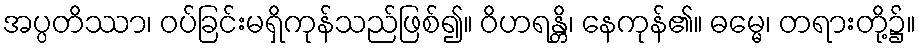
အပ္ပတိဿာ၊ ဝပ်ခြင်းမရှိကုန်သည်ဖြစ်၍။ ဝိဟရန္တိ၊ နေကုန်၏။ ဓမ္မေ၊ တရားတို့၌။